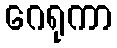
ဂေရုကာ